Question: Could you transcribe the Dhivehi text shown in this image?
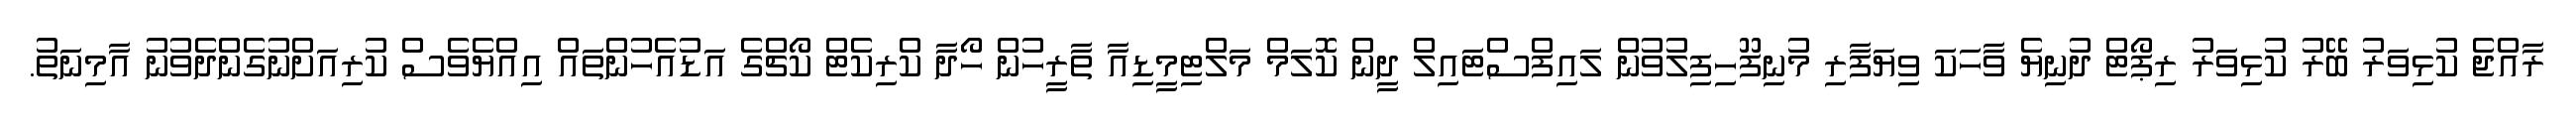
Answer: ރާއްޖެ ކުޅިވަރު ބޭރު ކުޅިވަރު ރިޕޯޓް ދުނިޔެ ވާހަކަ ވިޔަފާރި މުނިފޫހިފިލުވުން ލައިފްސްޓައިލް ދީން ކޮލަމް މަލްޓިމީޑިއާ ތާރީހުން ހޯދާ ކްރިކެޓް ކޯޗްގެ އަޑުއެހުންތައް އިއްޔެވެސް ކުރިއަށްނުގެންދެވުނު އާމިނަތު.